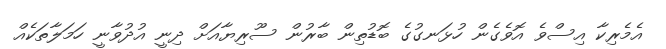
އެމެރިކާ އިސްވެ އޮވެގެން ހުޅަނގުގެ ބޮޑުތިން ބާރުން ސޫރިޔާއަށް ދިނީ އުދުވާނީ ހަމަލާތަކެއް